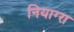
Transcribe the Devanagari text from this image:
नियाग्‍रा